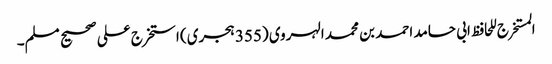
المستخرج للحافظ ابی حامد احمد بن محمد الہروی (355 ہجری) استخرج علی صحیح مسلم۔